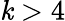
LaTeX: \mathit{k}>4